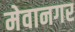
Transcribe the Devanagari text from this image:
मेवानगर